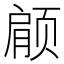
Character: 𫖶